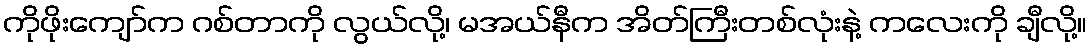
ကိုဖိုးကျော်က ဂစ်တာကို လွယ်လို့၊ မအယ်နီက အိတ်ကြီးတစ်လုံးနဲ့ ကလေးကို ချီလို့။